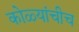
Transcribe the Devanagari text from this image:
कोळ्यांचीच